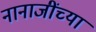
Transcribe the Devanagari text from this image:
नानाजींच्या